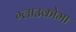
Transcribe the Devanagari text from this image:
ग्लाउकोमा